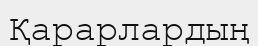
Қарарлардың